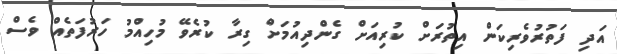
އަދި ފަތުރުވެރިކަން އިތުރަށް ކުރިއަށް ގެންދިއުމަށް ގިރާ ކުރެވޭ މުހިއްމު ހަރުފަތެއް ވެސް